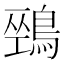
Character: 𪂐